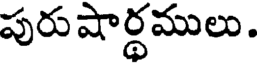
పురుషార్థములు.